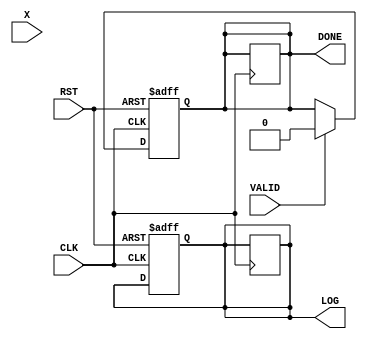
module cordic_logarithm (
    input  wire [31:0] X,       // Input value for logarithm
    input  wire CLK,            // Clock signal
    input  wire RST,            // Reset signal
    input  wire VALID,          // Valid input signal
    output reg  [31:0] LOG,     // Calculated logarithmic value
    output reg  DONE            // Completion signal
);

    // Parameters
    parameter NUM_ITERATIONS = 16; // Number of iterations for precision
    parameter FIXED_POINT_FRACTIONAL_BITS = 16; // Adjust based on desired precision

    // Registers
    reg [31:0] X_reg;           // Input register
    reg [31:0] Z_reg;           // Output register for angle
    reg [3:0] iteration_counter; // Iteration counter
    reg [31:0] atan_table [0:NUM_ITERATIONS-1]; // Arctangent lookup table
    reg state;                  // State variable for control unit

    // Initialization of arctangent values (fixed-point representation)
    initial begin
        atan_table[0] = 32'h00000000;  // atan(1) in fixed-point
        atan_table[1] = 32'h0000003F;  // atan(1/2) in fixed-point
        atan_table[2] = 32'h0000001A;  // atan(1/4) in fixed-point
        // Fill out the remaining atan_table values as needed...
        // Make sure the values correspond to the fixed-point representation
    end

    // Control Unit
    always @(posedge CLK or posedge RST) begin
        if (RST) begin
            X_reg <= 32'h00000000;
            Z_reg <= 32'h00000000;
            iteration_counter <= 4'd0;
            LOG <= 32'h00000000;
            DONE <= 1'b0;
            state <= 1'b0; // State: Initialization
        end else if (VALID) begin
            // Load the input value
            X_reg <= X;
            Z_reg <= 32'h00000000; // Initialize Z_reg
            iteration_counter <= 4'd0;
            DONE <= 1'b0;
            state <= 1'b1; // State: Iteration
        end
    end

    // CORDIC Iteration Logic
    always @(posedge CLK) begin
        if (state == 1'b1 && iteration_counter < NUM_ITERATIONS) begin
            // Perform the CORDIC rotation
            if (X_reg >= 32'h00000001) begin
                // Rotate clockwise
                X_reg <= X_reg - (X_reg >>> iteration_counter);
                Z_reg <= Z_reg + atan_table[iteration_counter];
            end else begin
                // Rotate counter-clockwise
                X_reg <= X_reg + (X_reg >>> iteration_counter);
                Z_reg <= Z_reg - atan_table[iteration_counter];
            end
            iteration_counter <= iteration_counter + 4'd1;
        end else if (iteration_counter == NUM_ITERATIONS) begin
            // Final calculations and completion
            LOG <= Z_reg; // Assuming Z_reg contains the logarithmic value
            DONE <= 1'b1;
            state <= 1'b0; // Reset state to initialization
        end
    end

endmodule